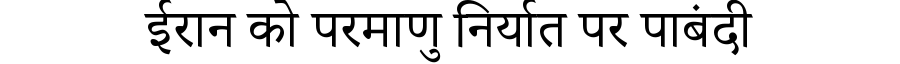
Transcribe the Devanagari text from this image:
ईरान को परमाणु निर्यात पर पाबंदी